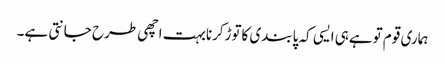
ہماری قوم توہےہی ایسی کہ پابندی کاتوڑکرنابہت اچھی طرح جانتی ہے۔